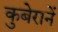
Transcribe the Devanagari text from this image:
कुबेरानें